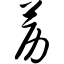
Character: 苈